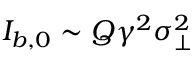
I _ { b , 0 } \sim Q \gamma ^ { 2 } \sigma _ { \perp } ^ { 2 }